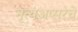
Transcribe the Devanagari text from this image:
नृत्यअप्सरेचे